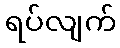
ရပ်လျက်